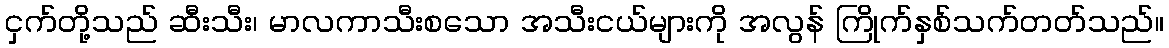
ငှက်တို့သည် ဆီးသီး၊ မာလကာသီးစသော အသီးငယ်များကို အလွန် ကြိုက်နှစ်သက်တတ်သည်။